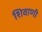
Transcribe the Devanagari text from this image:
शिवाणी